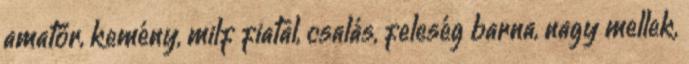
amatőr, kemény, milf fiatal, csalás, feleség barna, nagy mellek,